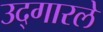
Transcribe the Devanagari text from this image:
उद्‍गारले